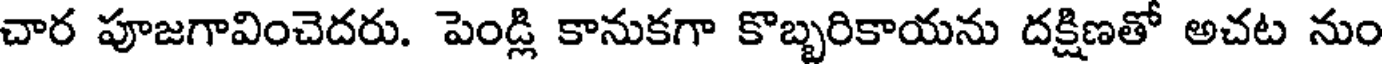
చార పూజగావించెదరు. పెండ్లి కానుకగా కొబ్బరికాయను దక్షిణతో అచట నుం